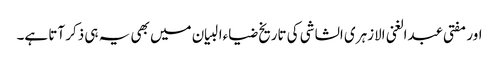
اور مفتی عبدالغنی الازہری الشاشی کی تاریخ ضیاءالبیان میں بھی یہ ہی ذکر آتا ہے۔